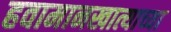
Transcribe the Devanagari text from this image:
हवामानखात्याच्या